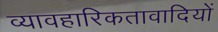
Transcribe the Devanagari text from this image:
व्यावहारिकतावादियों